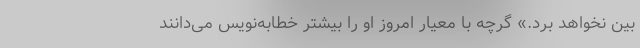
بین نخواهد برد.» گرچه با معیار امروز او را بیشتر خطابه‌نویس می‌دانند